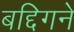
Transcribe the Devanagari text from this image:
बद्दिगने